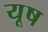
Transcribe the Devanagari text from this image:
यूष